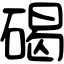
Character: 碣